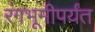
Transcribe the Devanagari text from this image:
रंगभूमीपर्यंत